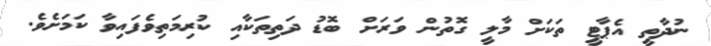
ނުދާތީ އެޕާޓީ ތަކަށް މާލީ ގޮތުން ވަރަށް ބޮޑު ދަތިތަކާއި ކުރިމަތިވެފައިވާ ކަމަށެވެ.